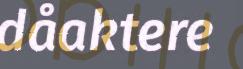
dåaktere